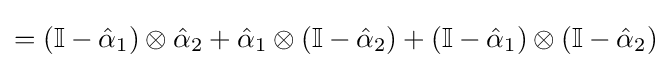
=(\mathbb {I} -{\hat {\alpha }}_{1})\otimes {\hat {\alpha }}_{2}+{\hat {\alpha }}_{1}\otimes (\mathbb {I} -{\hat {\alpha }}_{2})+(\mathbb {I} -{\hat {\alpha }}_{1})\otimes (\mathbb {I} -{\hat {\alpha }}_{2})